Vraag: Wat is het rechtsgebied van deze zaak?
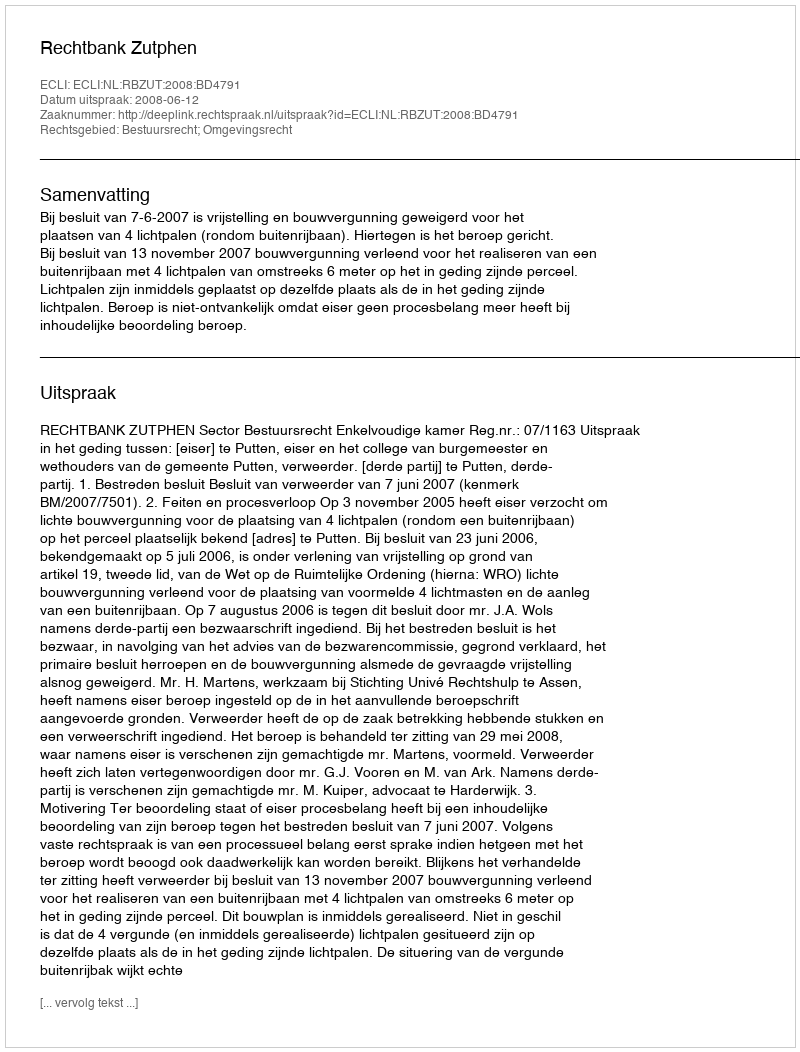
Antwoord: Bestuursrecht; Omgevingsrecht